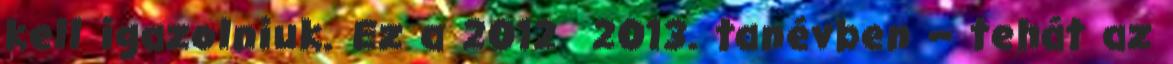
kell igazolniuk. Ez a 2012 2013. tanévben – tehát az